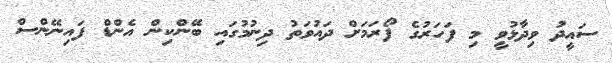
ސައީދު ވިދާޅުވީ މި ފަހަރުގެ ފޯރަމަށް ދައުވަތު ދިނުމުގައި ބޭންކިން އެންޑް ފައިނޭންސް